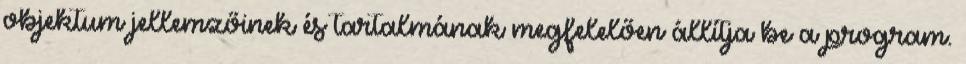
objektum jellemzőinek és tartalmának megfelelően állítja be a program.